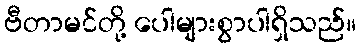
ဗီတာမင်တို့ ပေါများစွာပါရှိသည်။